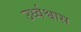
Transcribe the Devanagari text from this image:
उर्ध्वश्वास